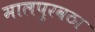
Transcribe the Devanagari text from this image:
मालपुरवठा